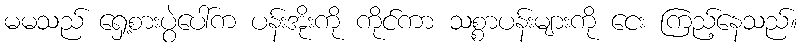
မမသည် ရှေ့စားပွဲပေါ်က ပန်းအိုးကို ကိုင်ကာ သစ္စာပန်းများကို ငေး ကြည့်နေသည်။